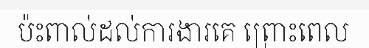
ប៉ះពាល់ដល់ការងារគេ ព្រោះពេល